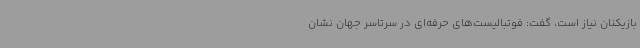
بازیکنان نیاز است، گفت: فوتبالیست‌های حرفه‌ای در سرتاسر جهان نشان